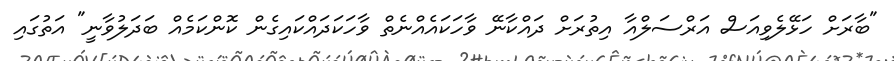
"ބާރަށް ހަޅޭލެވިއަސް އަރްސަލްއާ އިތުރަށް ދައްކާނޭ ވާހަކައެއްނެތް ވާހަކަދައްކައިގެން ކޮންކަމެއް ބަދަލުވާނީ" އަތުގައި